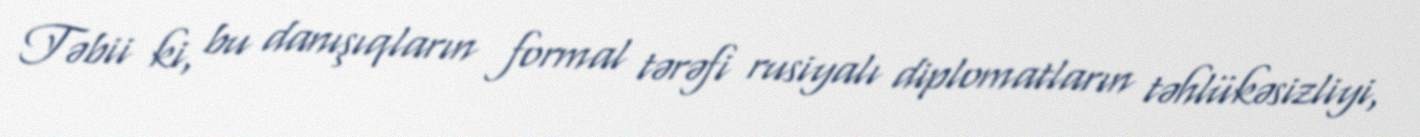
Təbii ki, bu danışıqların formal tərəfi rusiyalı diplomatların təhlükəsizliyi,